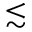
{ \lesssim }